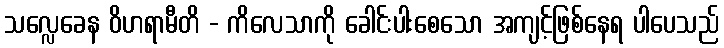
သလ္လေခေန ဝိဟရာမီတိ - ကိလေသာကို ခေါင်းပါးစေသော အကျင့်ဖြစ်နေရ ပါပေသည်